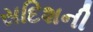
સદિશની